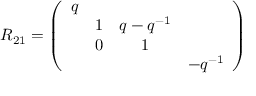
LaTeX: R _ { 2 1 } = \left( \begin{array} { c c c c } { { q } } & { { } } & { { } } & { { } } \\ { { } } & { { 1 } } & { { q - q ^ { - 1 } } } & { { } } \\ { { } } & { { 0 } } & { { 1 } } & { { } } \\ { { } } & { { } } & { { } } & { { - q ^ { - 1 } } } \end{array} \right)